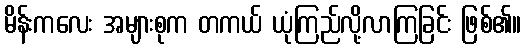
မိန်းကလေး အများစုက တကယ် ယုံကြည်လို့လာကြခြင်း ဖြစ်၏။